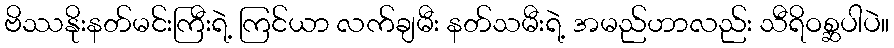
ဗိဿနိုးနတ်မင်းကြီးရဲ့ ကြင်ယာ လက်ချမီး နတ်သမီးရဲ့ အမည်ဟာလည်း သီရိဝစ္ဆပါပဲ။